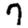
Digit: 7